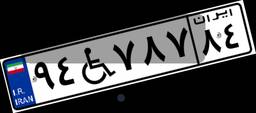
۶۲W۱۴۴۶۵